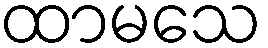
ထာမသေ